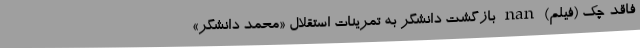
فاقد چک (فیلم) nan بازگشت دانشگر به تمرینات استقلال «محمد دانشگر»